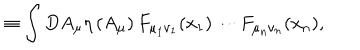
LaTeX: \equiv \int D A _ { \mu } \eta \left( A _ { \mu } \right) F _ { \mu _ { 1 } \nu _ { 1 } } ( x _ { 1 } ) \cdots F _ { \mu _ { n } \nu _ { n } } ( x _ { n } ) ,